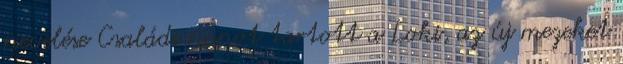
nevelése Családi napot tartott a Loki, az új mezeket